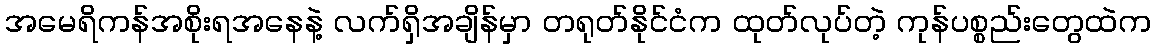
အမေရိကန်အစိုးရအနေနဲ့ လက်ရှိအချိန်မှာ တရုတ်နိုင်ငံက ထုတ်လုပ်တဲ့ ကုန်ပစ္စည်းတွေထဲက